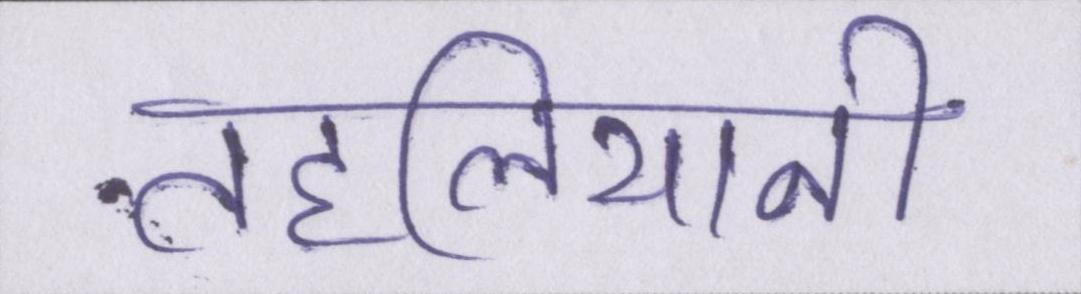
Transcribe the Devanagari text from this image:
तहलियानी